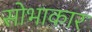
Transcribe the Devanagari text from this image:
सोभाकार